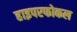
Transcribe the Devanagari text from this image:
हाइपरफोकल